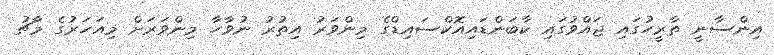
އިންސާނީ ތާރީހުގައި ޖައްވުގައި ކާބަންޑައިއޮކްސައިޑްގެ މިންވަރު އިތުރު ނުވާހާ މިންވަރަށް މިއަހަރުގެ މާޗު